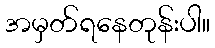
အမှတ်ရနေတုန်းပါ။